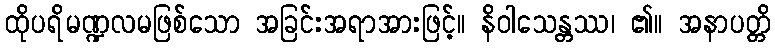
ထိုပရိမဏ္ဍလမဖြစ်သော အခြင်းအရာအားဖြင့်။ နိဝါသေန္တဿ၊ ၏။ အနာပတ္တိ